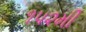
૧૫૨મી